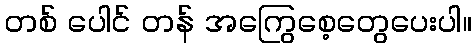
တစ် ပေါင် တန် အကြွေစေ့တွေပေးပါ။